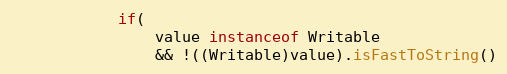
Language: Java
			if(
				value instanceof Writable
				&& !((Writable)value).isFastToString()